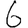
Digit: 6